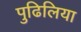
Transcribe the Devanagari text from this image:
पुढिलिया